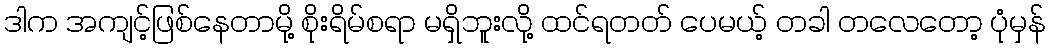
ဒါက အကျင့်ဖြစ်နေတာမို့ စိုးရိမ်စရာ မရှိဘူးလို့ ထင်ရတတ် ပေမယ့် တခါ တလေတော့ ပုံမှန်